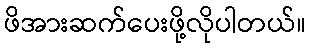
ဖိအားဆက်ပေးဖို့လိုပါတယ်။